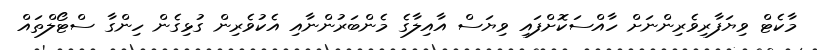
މާކެޓް ވިޔަފާރިވެރިންނަށް ހާއްސަކޮށްފައި ވިޔަސް އާއިލާގެ މެންބަރުންނާއި އެކުވެރިން ގުޅިގެން ހިންގާ ސްޓޯލްތައް